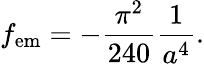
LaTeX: f_{\mathrm{em}}=-{\frac{\pi^{2}}{240}}{\frac{1}{a^{4}}}.